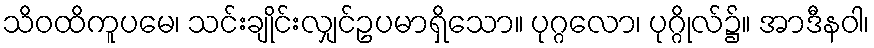
သိဝထိကူပမေ၊ သင်းချိုင်းလျှင်ဥပမာရှိသော။ ပုဂ္ဂလော၊ ပုဂ္ဂိုလ်၌။ အာဒီနဝါ၊